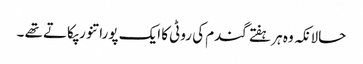
حالانکہ وہ ہر ہفتے گندم کی روٹی کا ایک پورا تنور پکاتے تھے ۔